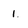
Character: 1